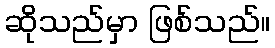
ဆိုသည်မှာ ဖြစ်သည်။